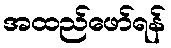
အထည်ဖော်ရန်